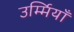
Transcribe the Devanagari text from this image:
उर्म्मियाँ